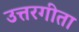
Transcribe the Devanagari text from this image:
उत्तरगीता